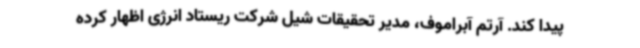
پیدا کند. آرتم آبراموف، مدیر تحقیقات شیل شرکت ریستاد انرژی اظهار کرده